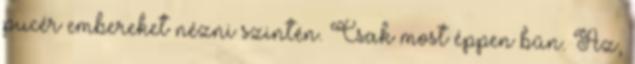
pucér embereket nézni szintén. Csak most éppen bűn. Az,